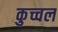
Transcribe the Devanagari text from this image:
कुच्चल